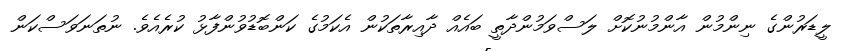
ލީޑަރުންގެ ނިންމުން އާންމުނުކޮށް ލަސްވަމުންދާތީ ބައެއް ދާއިރާތަކުން އެކަމުގެ ކަންބޮޑުވުންފާޅު ކުރެއެވެ. ނުތަނަވަސްކަން